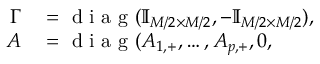
\begin{array} { r l } { \Gamma } & { { } = \mathrm { ~ d ~ i ~ a ~ g ~ } ( \mathbb { I } _ { M / 2 \times M / 2 } , - \mathbb { I } _ { M / 2 \times M / 2 } ) , } \\ { A } & { { } = \mathrm { ~ d ~ i ~ a ~ g ~ } ( A _ { 1 , + } , \ldots , A _ { p , + } , 0 , } \end{array}